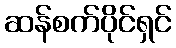
ဆန်စက်ပိုင်ရှင်